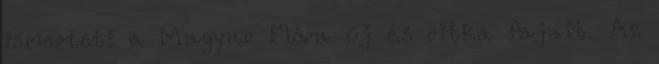
ismerteti a Magyar Flóra új és ritka fajait. Az